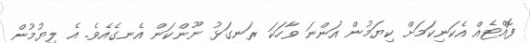
ފޮއްޓެއް އެކަނިކަމަށް ކިޔަމުން އަންނަ ވާހަކަ ރަނގަޅު ނޫންކަން އެނގެއެވެ. އެ ލިޔުމުން